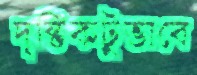
দৃষ্টিকটুভাবে